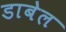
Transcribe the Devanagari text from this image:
डाबेल